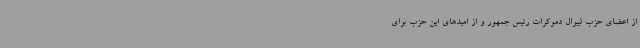
از اعضای حزب لیبرال دموکرات رئیس جمهور و از امیدهای این حزب برای